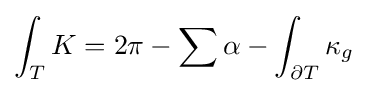
\int _{T}K=2\pi -\sum \alpha -\int _{\partial T}\kappa _{g}